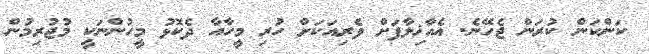
ކަންކަން ކުރަން ޖެހޭނެ. އެއާޚިލާފަށް ވެރިއަކަށް ހުރި މީހާއާ ދެކޮޅު މީހުންނަކީ މުޖުރިމުން